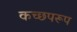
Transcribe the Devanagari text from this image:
कच्छपरूप